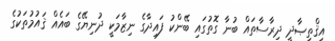
އިޤްތިޞާދީ ދިރާސާތައް ބުނާ ގޮތުގައި ބޭންކު ފައިދާގެ ނިޒާމަކީ ދުނިޔޭގެ ބައެއް ޤައުމުތަކުގެ